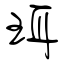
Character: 珥